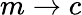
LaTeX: m\to c